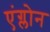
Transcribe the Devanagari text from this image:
एंग्लोन